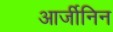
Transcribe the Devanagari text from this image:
आर्जीनिन